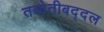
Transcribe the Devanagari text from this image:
तब्येतीबद्दल